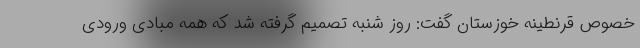
خصوص قرنطینه خوزستان گفت: روز شنبه تصمیم گرفته شد که همه مبادی ورودی